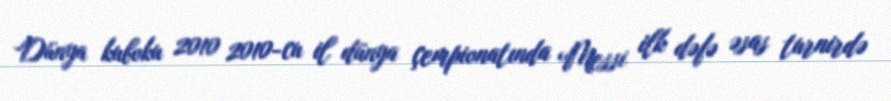
Dünya kuboku 2010 2010-cu il dünya çempionatında Messi ilk dəfə əsas turnirdə